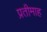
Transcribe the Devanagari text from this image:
प्रतीमाह